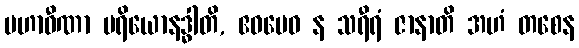
မဟာဝီဏာ ပရိယောနဒ္ဓါတိ, ဧဝမေဝ န သရီရံ ဇာနာတိ အဟံ တစေန